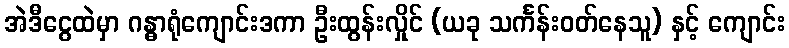
အဲဒီငွေထဲမှာ ဂန္ဓာရုံကျောင်းဒကာ ဦးထွန်းလှိုင် (ယခု သင်္ကန်းဝတ်နေသူ) နှင့် ကျောင်း